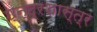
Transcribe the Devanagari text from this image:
छ्न्द्रशास्त्र